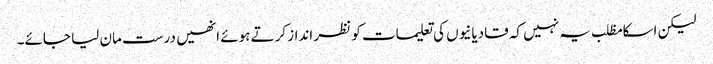
لیکن اسکا مظلب یہ نہیں کہ قادیانیوں کی تعلیمات کو نظر انداز کرتے ہوئے انھیں درست مان لیا جائے۔